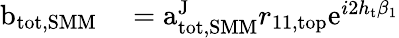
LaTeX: \begin{array}{rl}{\mathrm{b}_{\mathrm{tot,SMM}}}&{{}=\mathrm{a}_{\mathrm{tot,SMM}}^{\mathrm{J}}r_{11,\mathrm{top}}\mathrm{e}^{i2h_{\mathrm{t}}\beta_{1}}}\end{array}